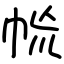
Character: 㡃